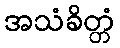
အသံခိတ္တံ